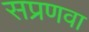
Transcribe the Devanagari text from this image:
सप्रणवा